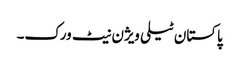
پاکستان ٹیلی ویژن نیٹ ورک۔